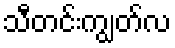
သီတင်းကျွတ်လ